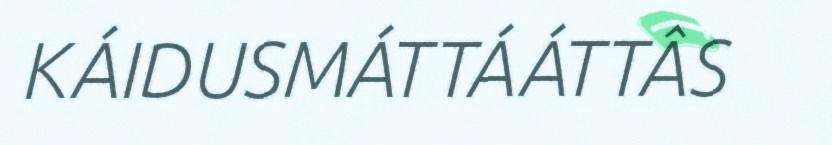
KÁIDUSMÁTTÁÁTTÂS